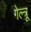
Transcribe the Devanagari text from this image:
गेल्त्रू